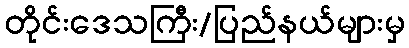
တိုင်းဒေသကြီး/ပြည်နယ်များမှ